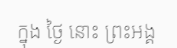
ក្នុង ថ្ងៃ នោះ ព្រះអង្គ